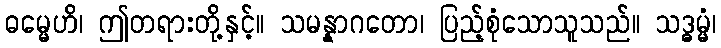
ဓမ္မေဟိ၊ ဤတရားတို့နှင့်။ သမန္နာဂတော၊ ပြည့်စုံသောသူသည်။ သဒ္ဓမ္မံ၊